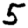
Digit: 5